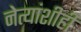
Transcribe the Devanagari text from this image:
नेत्यांशीही